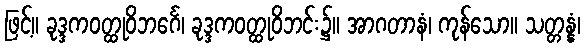
ဖြင့်။ ခုဒ္ဒကဝတ္ထုဝိဘင်္ဂေ၊ ခုဒ္ဒကဝတ္ထုဝိဘင်း၌။ အာဂတာနံ၊ ကုန်သော။ သတ္တန္နံ၊